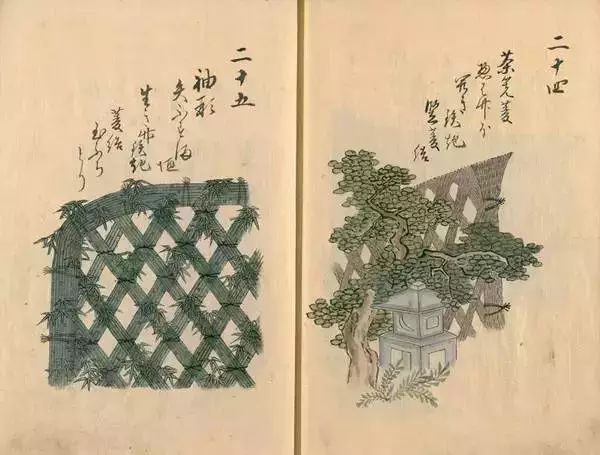
日长篱落无人过，惟有蜻蜓蛱蝶飞。